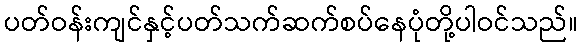
ပတ်ဝန်းကျင်နှင့်ပတ်သက်ဆက်စပ်နေပုံတို့ပါဝင်သည်။